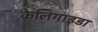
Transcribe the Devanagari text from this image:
केलिगाइडा